Board of Education Examinations in Art and in Science and Technology, and Examinations of the City and Guilds of London Institute, 1921, 1921
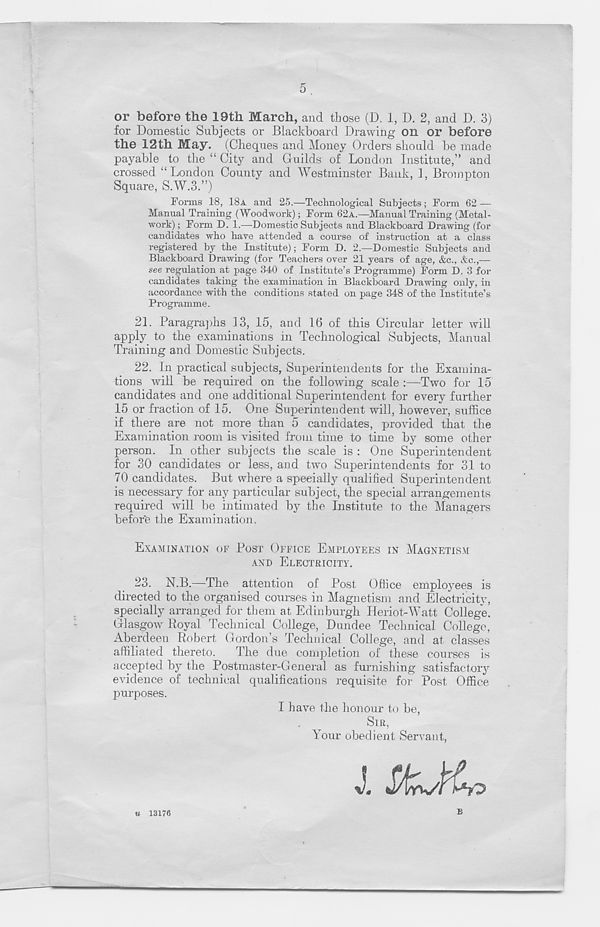
5
or before the 19th March, and those (D. 1, D. 2, and D. 3)
for Domestic Subjects or Blackboard Drawing on or before
the 12th May. (Cheques and Money Orders should be made
payable to the “ City and Guilds of London Institute,” and
crossed “London County and Westminster Bank, I, Brompton
Square, S.W.3.”)
Forms 18, 18A and 25.—Technological Subjects; Form 62 —
Manual Training (Woodwork); Form 62A.—Manual Training (Metal-
work) ; Form D. 1.—-Domestic Subjects and Blackboard Drawing (for
candidates who have attended a course of instruction at a class
registered by the Institute); Form D. 2.—Domestic Subjects and
Blackboard Drawing (for Teachers over 21 years of age, &c., &c.,—
see regulation at page 340 of Institute’s Programme) Form D. 3 for
candidates taking the examination in Blackboard Drawing only, in
accordance with the conditions stated on page 348 of the Institute’s
Programme.
21. Paragraphs 13, 15, and 16 of this Circular letter will
apply to the examinations in Technological Subjects, Manual
Training and Domestic Subjects.
22. In practical subjects, Superintendents for the Examina-
tions will be required on the following scale :—Two for 15
candidates and one additional Superintendent for every further
15 or fraction of 15. One Superintendent will, however, suffice
if there are not more than 5 candidates, provided that the
Examination room is visited from time to time by some other
person. In other subjects the scale is : One Superintendent
for 30 candidates or less, and two Superintendents for 31 to
70 candidates. But where a specially qualified Superintendent
is necessary for any particular subject, the special arrangements
required will be intimated by the Institute to the Managers
before the Examination.
EXAMINATION OF POST OFFICE EMPLOYEES IN MAGNETISM
AND ELECTRICITY.
23. N.B.—The attention of Post Office employees is
directed to the organised courses in Magnetism and Electricity,
specially arranged for them at Edinburgh Heriot-Watt College.
Glasgow Royal Technical College, Dundee Technical College,
Aberdeen Robert Gordon’s Technical College, and at classes
affiliated thereto.
The due completion of these courses is
accepted by the Postmaster-General as furnishing satisfactory
evidence of technical qualifications requisite for Post Office
purposes.
I have the honour to be,
SIR,
Your obedient Servant,
J. JOL
w 13176